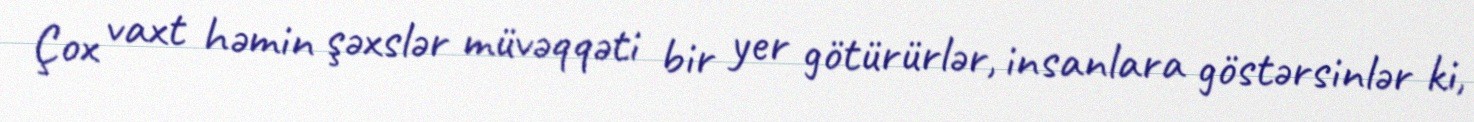
Çox vaxt həmin şəxslər müvəqqəti bir yer götürürlər, insanlara göstərsinlər ki,